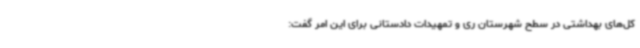
کل‌های بهداشتی در سطح شهرستان ری و تمهیدات دادستانی برای این امر گفت: